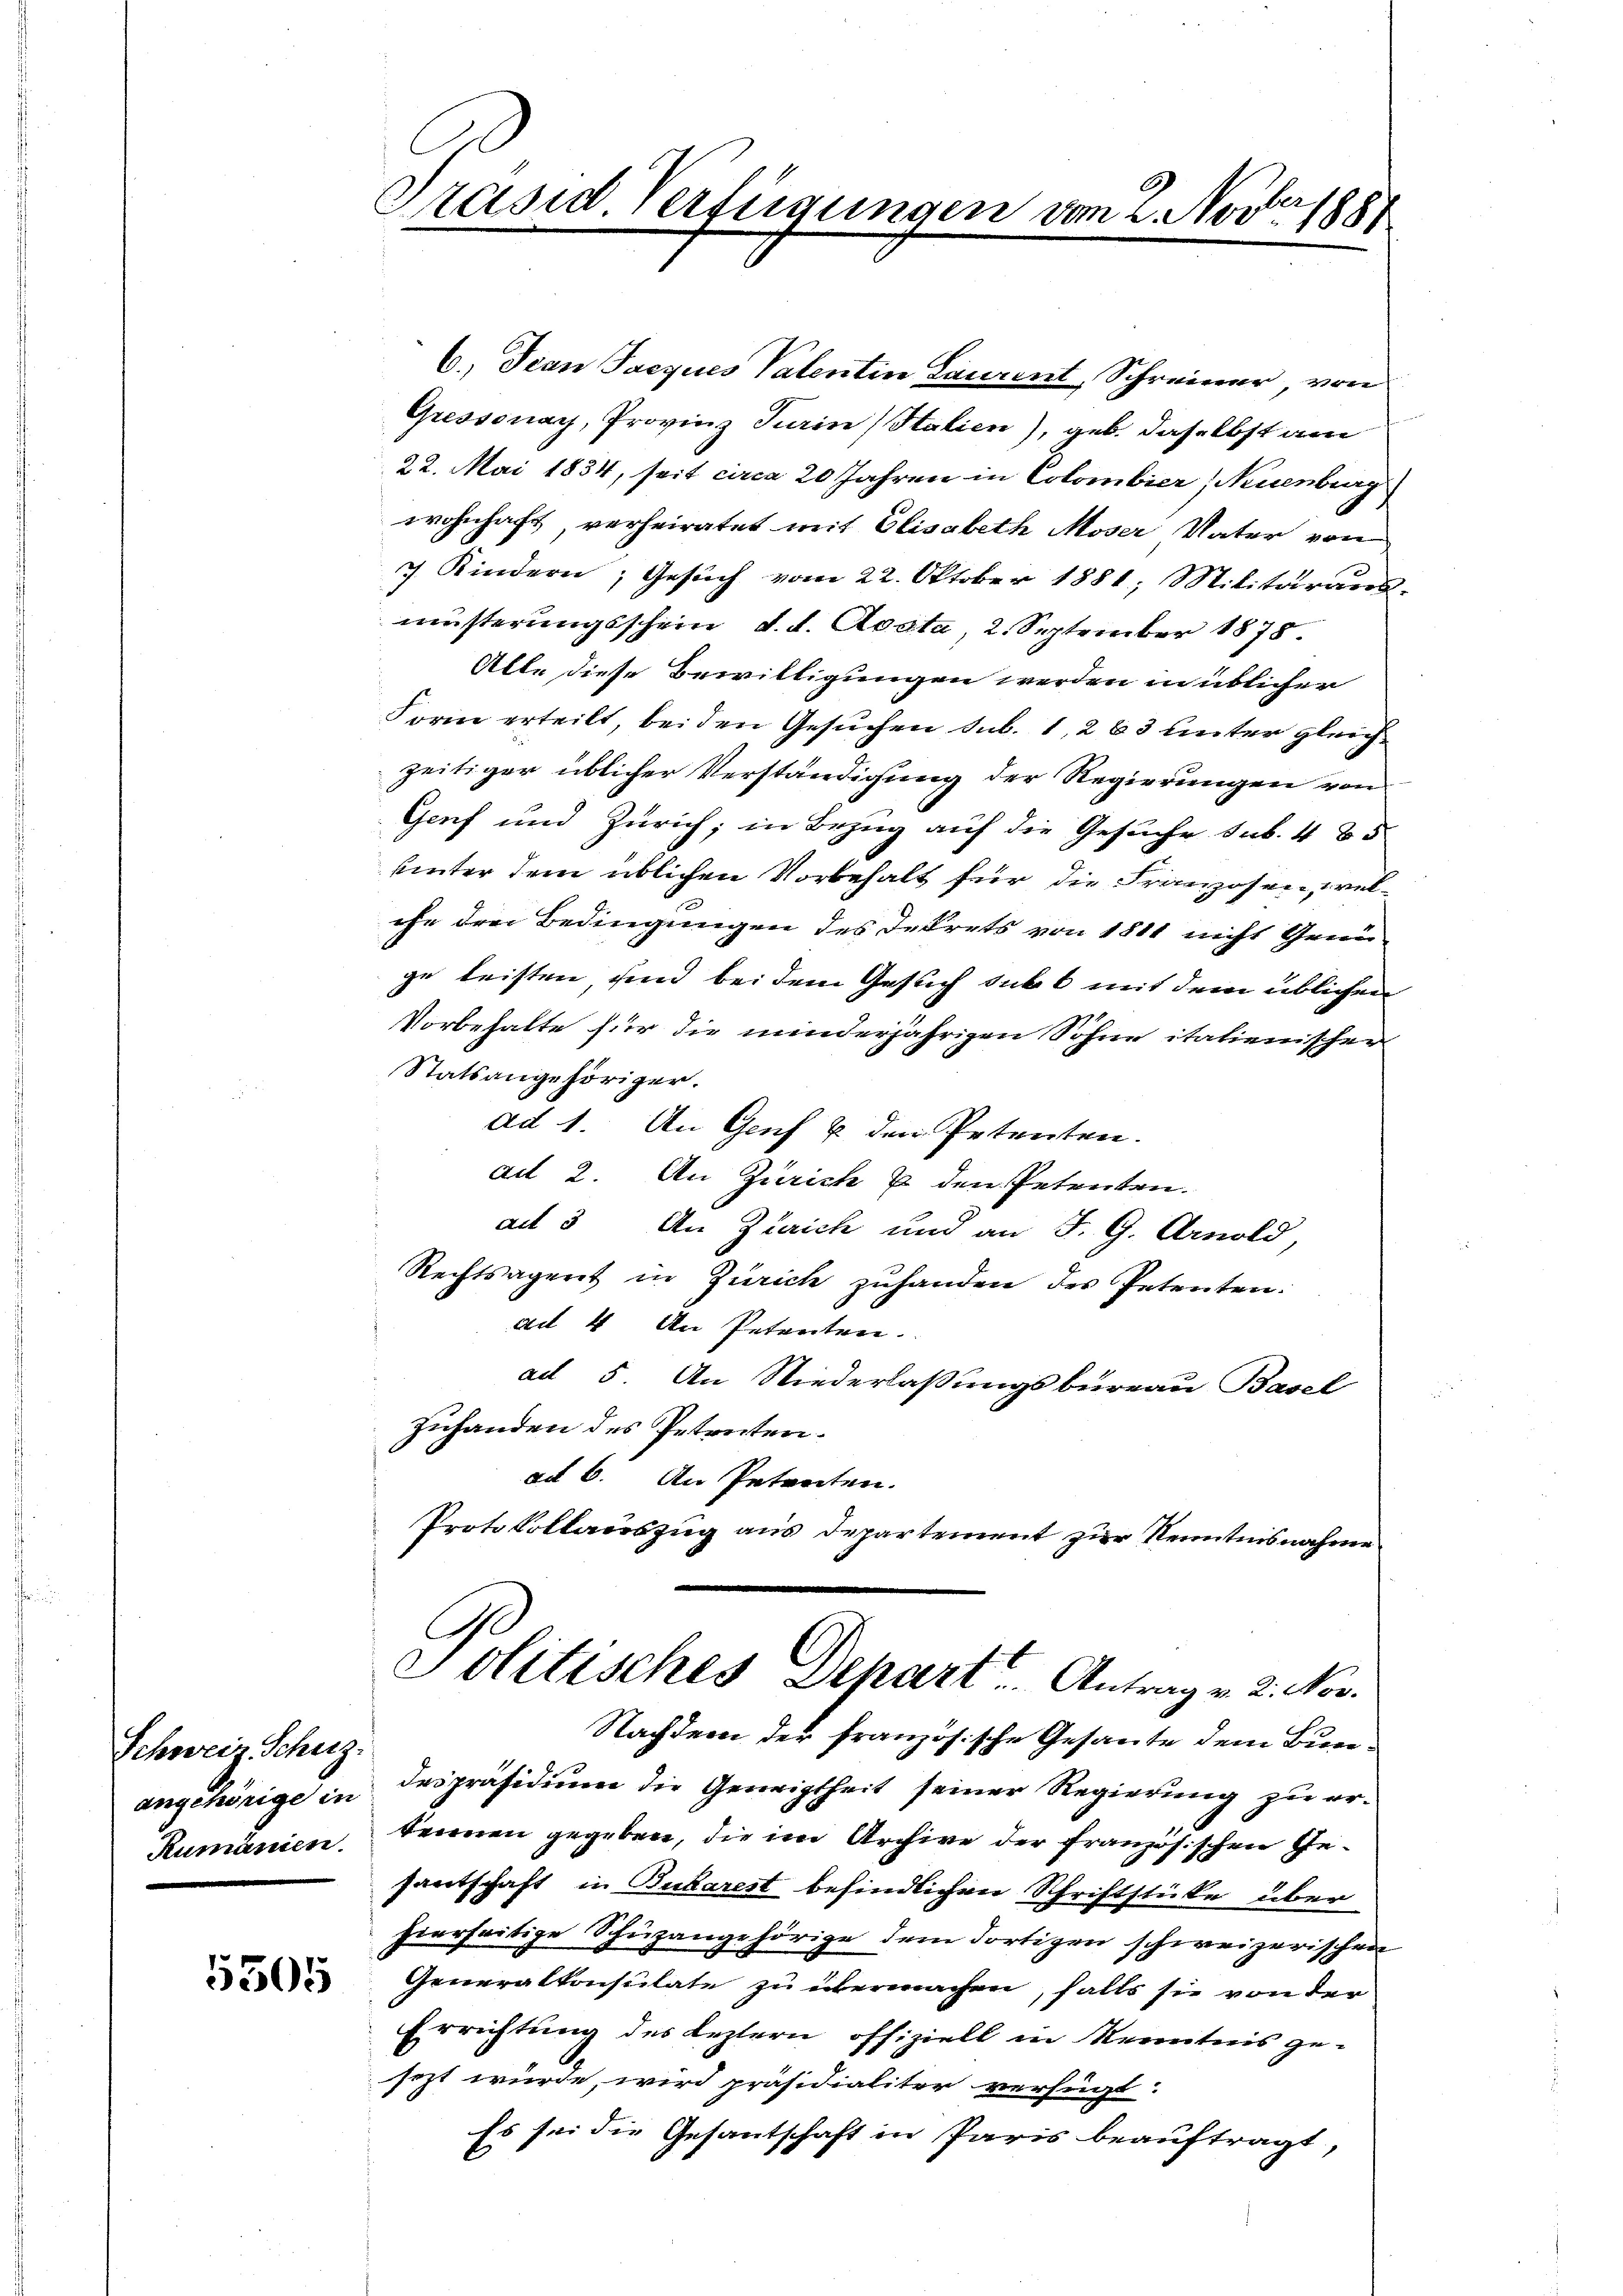
Schweiz. Schutz-
angehörige in
Rumänien.

5305

Präsid. Verfügungen von 2. Nov. 1887

6.) Jean Pacques Valentin Laurent, Schreiner von
Gressonay, Provinz Turin (Stalien), geb. daselbst am
22. Mai 1834, seit circa 20 Jahren in Colombier, Neuenburg
wohnhaft verheiratet mit Elisabeth Moser Vater von
7 Kindern, Gesuch vom 22. Oktober 1881; Militäraus-
msterungsschein, d. d. Avata, 2. September 1878.
Alte diese Bewilligungen werden in üblicher
Form erteilt, bei den Gesuchen sub. 1, 283 unter gleichzeitiger üblicher Verständigung der Regierungen von
Genf und Zürich, in Bezug auf die Gesuche sub. 485
unter dem üblichen Vorbehalt für die Franzosen, welche den Bedingungen des Dekrets von 1811 nicht Genüze leisten sind bei dem Gesuch subt mit dem üblichen
Vorbehalte für die minderjährigen Söhne italienischer
Statsangehöriger.
ad 1. An Genf & den Petenten.
ad 2. An Zürich 7 den Petenten.
ad 3. An Zürich und an J. G. Arnold,
Rechtsägerit in Zürich zuhanden des Petenten:
ad 4 An Petenten.
ad 5. An Niederlaßungsbureau Basel
Zuhanden des Petenten.
ad 6. An Petenten.
Protokollauszug aus Departement zur Kenntnisnahme
Politisches Depart. Antrag v. 2. Nov.
Nachdem der französische Gesante dem Bundespräsidium die Geneigtheit seiner Regierung zu erkennen gegeben, die im Archive der französischen Gefantschaft in Bukarest befindlichen Schriftstücke über
hierseitige Schüzangehörige dem dortigen schweizerischen
Generalkonsulate zu übermachen, falls sie von der
Errichtung des Leztern offiziell in Kenntnis ge-
sezt würde, wird präsidialiter verfügt:
Es sei die Gesantschaft in Paris beauftragt,